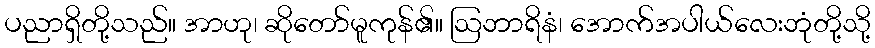
ပညာရှိတို့သည်။ အာဟု၊ ဆိုတော်မူကုန်၏။ ဩဘာရိနံ၊ အောက်အပါယ်လေးဘုံတို့သို့